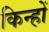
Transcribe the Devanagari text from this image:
किन्हों